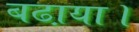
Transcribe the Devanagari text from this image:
बढा़या।